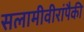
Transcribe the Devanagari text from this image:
सलामीवीरांपैकी